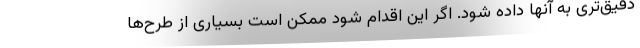
دقیق‌تری به آنها داده شود. اگر این اقدام شود ممکن است بسیاری از طرح‌ها